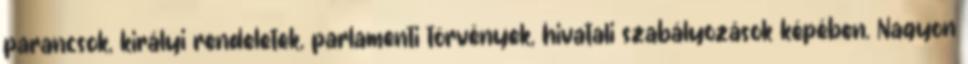
parancsok, királyi rendeletek, parlamenti törvények, hivatali szabályozások képében. Nagyon